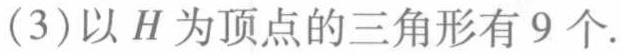
(3)以\(H\)为顶点的三角形有\(9\)个.